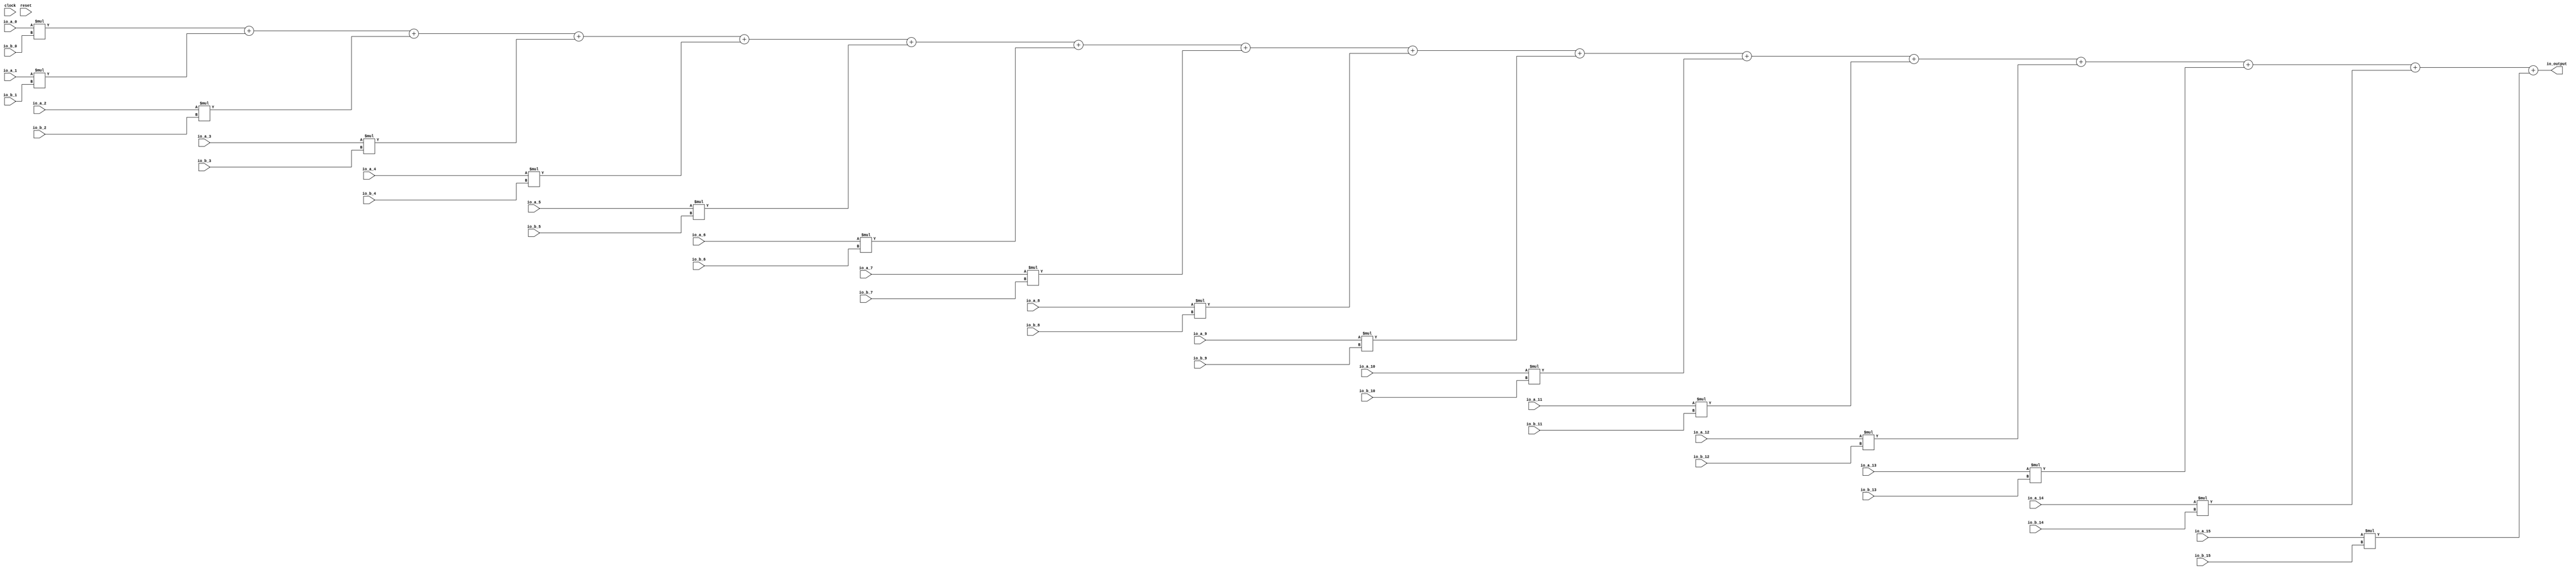
module MulAdd(
  input         clock,
  input         reset,
  input  [31:0] io_a_0,
  input  [31:0] io_a_1,
  input  [31:0] io_a_2,
  input  [31:0] io_a_3,
  input  [31:0] io_a_4,
  input  [31:0] io_a_5,
  input  [31:0] io_a_6,
  input  [31:0] io_a_7,
  input  [31:0] io_a_8,
  input  [31:0] io_a_9,
  input  [31:0] io_a_10,
  input  [31:0] io_a_11,
  input  [31:0] io_a_12,
  input  [31:0] io_a_13,
  input  [31:0] io_a_14,
  input  [31:0] io_a_15,
  input  [31:0] io_b_0,
  input  [31:0] io_b_1,
  input  [31:0] io_b_2,
  input  [31:0] io_b_3,
  input  [31:0] io_b_4,
  input  [31:0] io_b_5,
  input  [31:0] io_b_6,
  input  [31:0] io_b_7,
  input  [31:0] io_b_8,
  input  [31:0] io_b_9,
  input  [31:0] io_b_10,
  input  [31:0] io_b_11,
  input  [31:0] io_b_12,
  input  [31:0] io_b_13,
  input  [31:0] io_b_14,
  input  [31:0] io_b_15,
  output [31:0] io_output
);
  wire [63:0] _T = io_a_0 * io_b_0; // @[MulAdd.scala 15:24]
  wire [64:0] _T_1 = {{1'd0}, _T}; // @[MulAdd.scala 15:13]
  wire [63:0] _T_3 = io_a_1 * io_b_1; // @[MulAdd.scala 15:24]
  wire [63:0] _T_5 = _T_1[63:0] + _T_3; // @[MulAdd.scala 15:13]
  wire [63:0] _T_6 = io_a_2 * io_b_2; // @[MulAdd.scala 15:24]
  wire [63:0] _T_8 = _T_5 + _T_6; // @[MulAdd.scala 15:13]
  wire [63:0] _T_9 = io_a_3 * io_b_3; // @[MulAdd.scala 15:24]
  wire [63:0] _T_11 = _T_8 + _T_9; // @[MulAdd.scala 15:13]
  wire [63:0] _T_12 = io_a_4 * io_b_4; // @[MulAdd.scala 15:24]
  wire [63:0] _T_14 = _T_11 + _T_12; // @[MulAdd.scala 15:13]
  wire [63:0] _T_15 = io_a_5 * io_b_5; // @[MulAdd.scala 15:24]
  wire [63:0] _T_17 = _T_14 + _T_15; // @[MulAdd.scala 15:13]
  wire [63:0] _T_18 = io_a_6 * io_b_6; // @[MulAdd.scala 15:24]
  wire [63:0] _T_20 = _T_17 + _T_18; // @[MulAdd.scala 15:13]
  wire [63:0] _T_21 = io_a_7 * io_b_7; // @[MulAdd.scala 15:24]
  wire [63:0] _T_23 = _T_20 + _T_21; // @[MulAdd.scala 15:13]
  wire [63:0] _T_24 = io_a_8 * io_b_8; // @[MulAdd.scala 15:24]
  wire [63:0] _T_26 = _T_23 + _T_24; // @[MulAdd.scala 15:13]
  wire [63:0] _T_27 = io_a_9 * io_b_9; // @[MulAdd.scala 15:24]
  wire [63:0] _T_29 = _T_26 + _T_27; // @[MulAdd.scala 15:13]
  wire [63:0] _T_30 = io_a_10 * io_b_10; // @[MulAdd.scala 15:24]
  wire [63:0] _T_32 = _T_29 + _T_30; // @[MulAdd.scala 15:13]
  wire [63:0] _T_33 = io_a_11 * io_b_11; // @[MulAdd.scala 15:24]
  wire [63:0] _T_35 = _T_32 + _T_33; // @[MulAdd.scala 15:13]
  wire [63:0] _T_36 = io_a_12 * io_b_12; // @[MulAdd.scala 15:24]
  wire [63:0] _T_38 = _T_35 + _T_36; // @[MulAdd.scala 15:13]
  wire [63:0] _T_39 = io_a_13 * io_b_13; // @[MulAdd.scala 15:24]
  wire [63:0] _T_41 = _T_38 + _T_39; // @[MulAdd.scala 15:13]
  wire [63:0] _T_42 = io_a_14 * io_b_14; // @[MulAdd.scala 15:24]
  wire [63:0] _T_44 = _T_41 + _T_42; // @[MulAdd.scala 15:13]
  wire [63:0] _T_45 = io_a_15 * io_b_15; // @[MulAdd.scala 15:24]
  wire [63:0] tmp = _T_44 + _T_45; // @[MulAdd.scala 15:13]
  assign io_output = tmp[31:0]; // @[MulAdd.scala 18:15]
endmodule